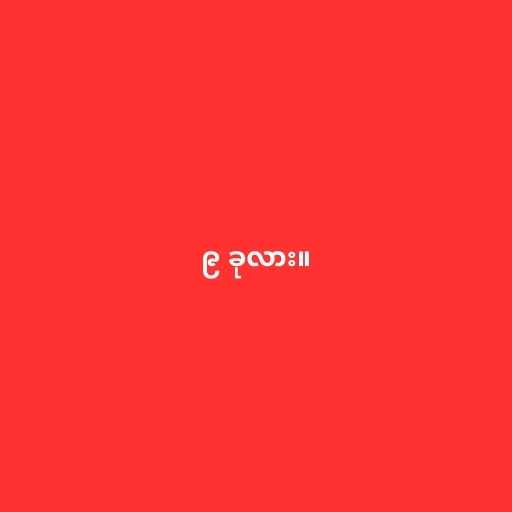
၉ ခုလား။